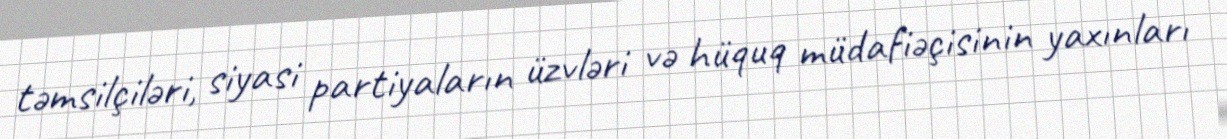
təmsilçiləri, siyasi partiyaların üzvləri və hüquq müdafiəçisinin yaxınları